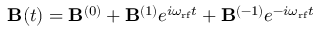
\mathbf { B } ( t ) = \mathbf { B } ^ { ( 0 ) } + \mathbf { B } ^ { ( 1 ) } e ^ { i \omega _ { \mathrm { r f } } t } + \mathbf { B } ^ { ( - 1 ) } e ^ { - i \omega _ { \mathrm { r f } } t }